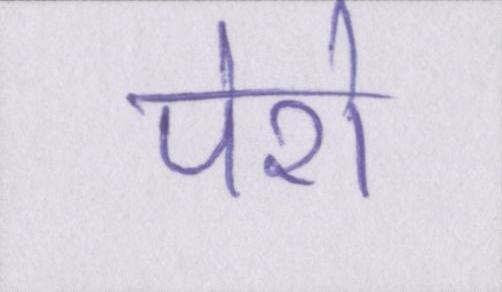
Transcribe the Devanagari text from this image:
पेशे